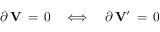
\partial \, { \bf V } \, = \, 0 \quad \Longleftrightarrow \quad \partial \, { \bf V } ^ { \prime } \, = \, 0